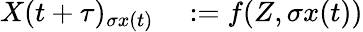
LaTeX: \begin{array}{rl}{X(t+\tau)_{\sigma x(t)}}&{{}:=f(Z,\sigma x(t))}\end{array}